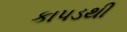
કાપડથી